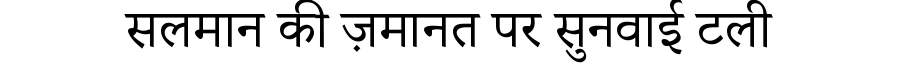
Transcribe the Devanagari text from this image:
सलमान की ज़मानत पर सुनवाई टली